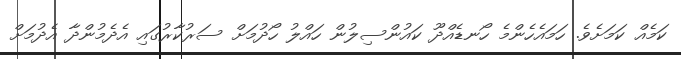
ކަމެއް ކަމަށެވެ. ހަމައެހެންމެ ހޯނޑެއްދޫ ކައުންސިލުން ހައްލު ހޯދުމަށް ސަރުކާރުގައި އެދެމުންދާ އެދުމަށް